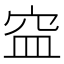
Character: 𥥊